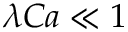
\lambda C a \ll 1